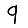
Digit: 9